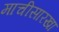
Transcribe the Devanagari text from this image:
माचीसारखा